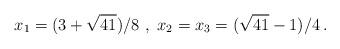
LaTeX: \begin{align*}x_1={(3+\sqrt{41})}/{8} \ , \ x_2 = x_3 = {(\sqrt{41}-1)}/{4} \, .\end{align*}